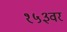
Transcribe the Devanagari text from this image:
१५३वर